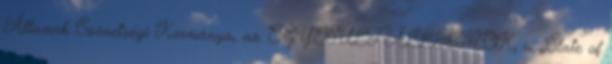
Államok Szövetségi Kormánya, az EGYESÜLT ÁLLAMOK, a „State of